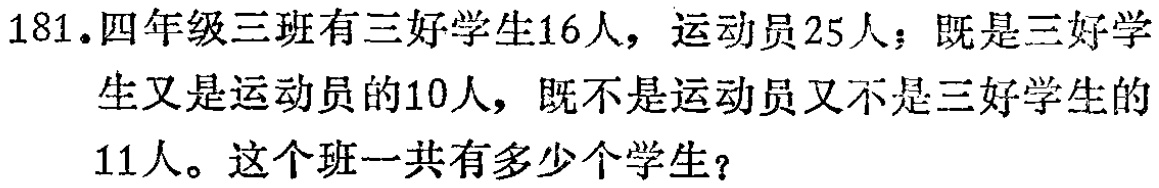
181.四年级三班有三好学生16人，运动员25人；既是三好学生又是运动员的10人，既不是运动员又不是三好学生的11人。这个班一共有多少个学生？